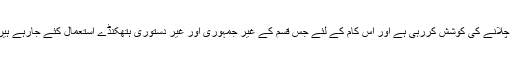
بی جے پی جس طرح پورے ملک پر اپنا سکہ چلانے کی کوشش کررہی ہے اور اس کام کے لئے جس قسم کے غیر جمہوری اور غیر دستوری ہتھکنڈے استعمال کئے جارہے ہیں اس نے سبھی کو تشویش میں مبتلاکردیا ہے۔